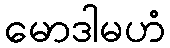
မောဒါမဟံ